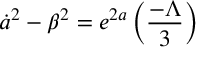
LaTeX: { \dot { a } } ^ { 2 } - { \beta } ^ { 2 } = e ^ { 2 a } \left( \frac { - \Lambda } { 3 } \right)